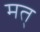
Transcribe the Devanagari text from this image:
मत्